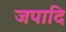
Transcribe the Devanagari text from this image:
जपादि